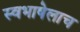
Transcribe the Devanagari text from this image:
स्वभाषेलाच